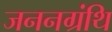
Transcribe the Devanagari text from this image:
जननग्रंथि